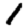
Digit: 1